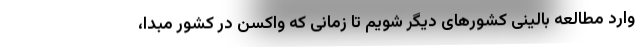
وارد مطالعه بالینی کشورهای دیگر شویم تا زمانی که واکسن در کشور مبدا،